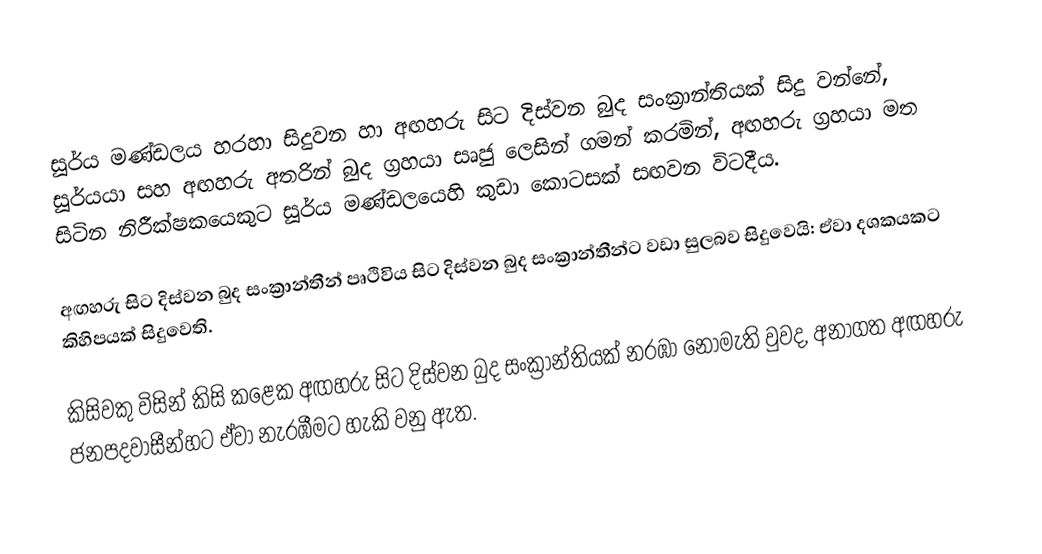
සූර්ය මණ්ඩලය හරහා සිදුවන හා අඟහරු සිට දිස්වන බුද සංක්‍රාන්තියක් සිදු වන්නේ,   සූර්යයා සහ අඟහරු අතරින් බුද ග්‍රහයා සෘජු ලෙසින් ගමන් කරමින්, අඟහරු ග්‍රහයා මත සිටින නිරීක්ෂකයෙකුට සූර්ය මණ්ඩලයෙහි කුඩා කොටසක්  සඟවන විටදීය.

අඟහරු සිට දිස්වන බුද සංක්‍රාන්තීන්  පෘථිවිය සිට දිස්වන බුද සංක්‍රාන්තීන්ට වඩා සුලබව සිදුවෙයි: ඒවා දශකයකට කිහිපයක් සිදුවෙති.

කිසිවකු විසින් කිසි කළෙක අඟහරු සිට දිස්වන බුද සංක්‍රාන්තියක් නරඹා නොමැති වුවද, අනාගත අඟහරු ජනපදවාසීන්හට ඒවා නැරඹීමට හැකි වනු ඇත.